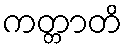
ကတ္တာတိ